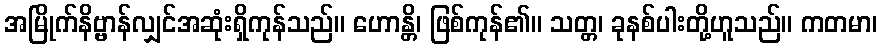
အမြိုက်နိဗ္ဗာန်လျှင်အဆုံးရှိကုန်သည်။ ဟောန္တိ၊ ဖြစ်ကုန်၏။ သတ္တ၊ ခုနစ်ပါးတို့ဟူသည်။ ကတမာ၊